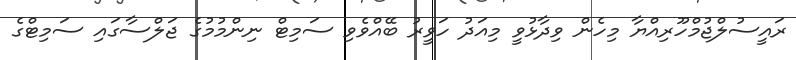
ރައީސުލްޖުމްހޫރިއްޔާ މިހެން ވިދާޅުވީ މިއަދު ހަވީރު ބޭއްވެވި ސަމިޓް ނިންމުމުގެ ޖަލްސާގައި ސަމިޓްގެ